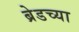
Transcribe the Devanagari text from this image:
ब्रेडच्या